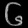
Digit: ၆